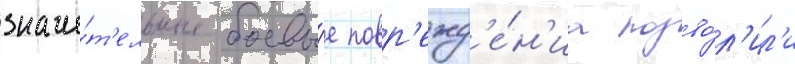
значи́т'ельные боевы́е повр'ежд'е́н'иа позво́л'ил'и